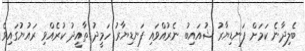
ބެލިދާނެ ކަމަށް ފަނޑިޔާރު ޝުއައިބު ނެރުއްވައި ފަނޑިޔާރު ހަމީދު ތާއީދު ކުރެއްވި ރައުޔުގައިވެ